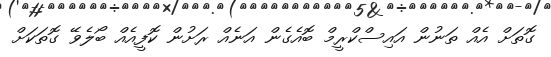
ގޮތަށް އެއް ތަނުން އައިސްކްރީމް ބޮއެގެން އަނެއް ރަށުން ކޮފީއެއް ބޯލެވޭ ގޮތަކަށް